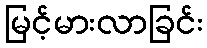
မြင့်မားလာခြင်း